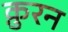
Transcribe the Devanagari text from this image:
क़ुरन